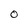
Character: 0